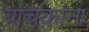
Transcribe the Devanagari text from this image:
याचकांना